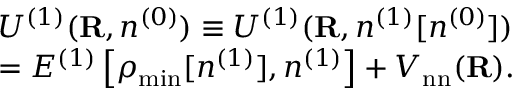
\begin{array} { l } { { \displaystyle { \cal U } ^ { ( 1 ) } ( { \bf R } , n ^ { ( 0 ) } ) \equiv { \cal U } ^ { ( 1 ) } ( { \bf R } , n ^ { ( 1 ) } [ n ^ { ( 0 ) } ] ) } \ ~ } \\ { { \displaystyle = { \cal E } ^ { ( 1 ) } \left[ \rho _ { \mathrm { m i n } } [ n ^ { ( 1 ) } ] , n ^ { ( 1 ) } \right] + V _ { \mathrm { n n } } ( { \bf R } ) } . } \end{array}